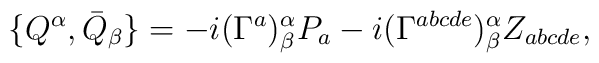
\{Q^{\alpha },\bar{Q}_{\beta }\}=-i(\Gamma ^{a})_{\beta }^{\alpha}P_{a}-i(\Gamma^{abcde})_{\beta }^{\alpha }Z_{abcde},